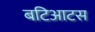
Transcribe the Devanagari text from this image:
बटिआटस